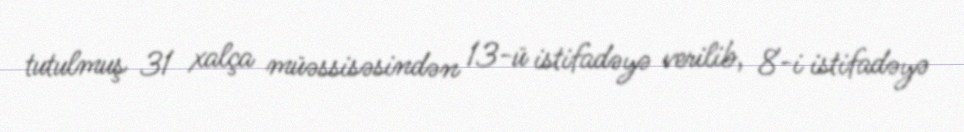
tutulmuş 31 xalça müəssisəsindən 13-ü istifadəyə verilib, 8-i istifadəyə